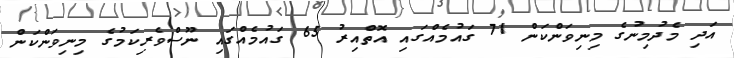
އަދި މެދުމިނުގެ މިނިވަންކަން 71 ގައުމެއްގައި އޮތްއިރު 65 ގައުމެއްގައި ނޫސްވެރިކަމުގެ މިނިވަންކަން